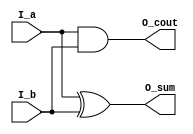
//*******************************FILE HEAD**************************************
//*********************Verilog HDL *********************
// FUNCTION        : 
// AUTHOR          : 
// DATE & REVISION : 
// COMPANY         : Verilog HDL 
// UPDATE          :
//******************************************************************************
module half_adder(
    input I_a,      //1
    input I_b,      //2
    
    output O_sum,   //
    output O_cout   //
);


//*********************************PROCESS**************************************
// FUNCTION        :
//****************************************************************************** 
    assign O_sum = I_a ^ I_b;
    assign O_cout = I_a & I_b;
    
endmodule